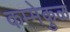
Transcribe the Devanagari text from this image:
कम्मेकुळ